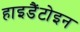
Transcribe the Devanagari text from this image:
हाइडैंटोइन